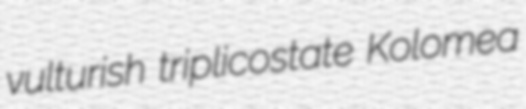
vulturish triplicostate Kolomea